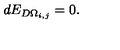
d E _ { D \Omega _ { i , j } } = 0 .